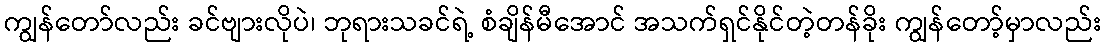
ကျွန်တော်လည်း ခင်ဗျားလိုပဲ၊ ဘုရားသခင်ရဲ့ စံချိန်မီအောင် အသက်ရှင်နိုင်တဲ့တန်ခိုး ကျွန်တော့်မှာလည်း